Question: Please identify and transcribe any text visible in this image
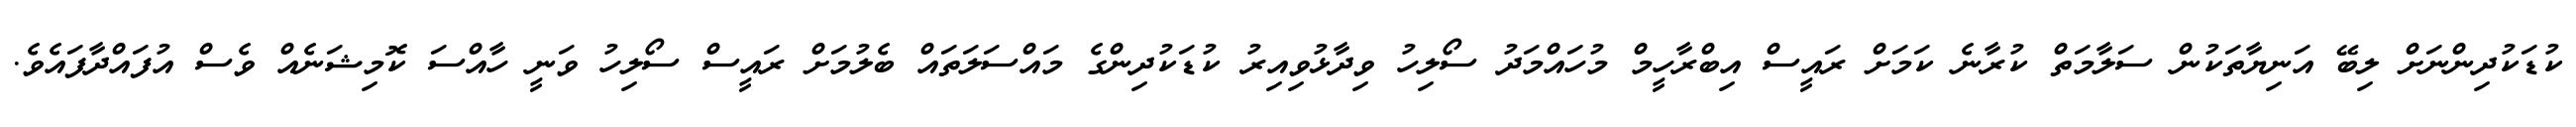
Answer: ކުޑަކުދިންނަށް ލިބޭ އަނިޔާތަކުން ސަލާމަތް ކުރާނެ ކަމަށް ރައީސް އިބްރާހީމް މުހައްމަދު ސޯލިހު ވިދާޅުވިއިރު ކުޑަކުދިންގެ މައްސަލަތައް ބެލުމަށް ރައީސް ސޯލިހު ވަނީ ހާއްސަ ކޮމިޝަނެއް ވެސް އުފައްދާފައެވެ.